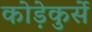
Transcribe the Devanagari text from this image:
कोड़ेकुर्से